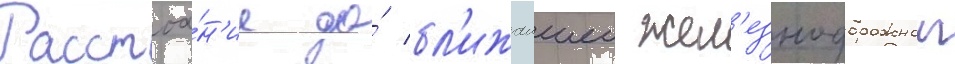
Расстоа́н'ие до́ бл'ижаишеи жел'езнодорожнои